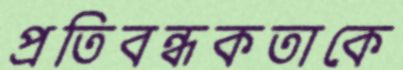
প্রতিবন্ধকতাকে